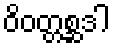
ဝိဝတ္တစ္ဆဒါ